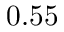
0 . 5 5